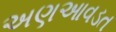
અણઆવડત